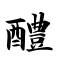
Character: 醴